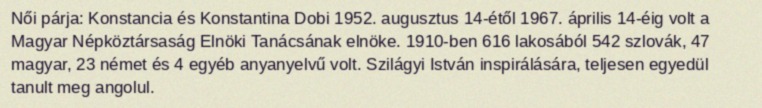
Női párja: Konstancia és Konstantina Dobi 1952. augusztus 14-étől 1967. április 14-éig volt a Magyar Népköztársaság Elnöki Tanácsának elnöke. 1910-ben 616 lakosából 542 szlovák, 47 magyar, 23 német és 4 egyéb anyanyelvű volt. Szilágyi István inspirálására, teljesen egyedül tanult meg angolul.